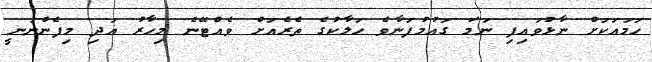
ހަމައަކަށް ނާޅުވައިފި ނަމަ ގައުމުފަނާވެ ހަލާކުގެ ތެރެއަށް ވެއްޓޭނެ މިހާރު އަދި މިފެންނަނީ